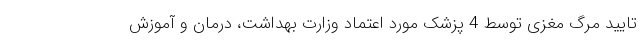
تایید مرگ مغزی توسط 4 پزشک مورد اعتماد وزارت بهداشت، درمان و آموزش